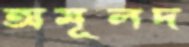
অমূলদ